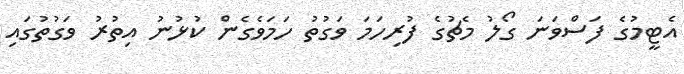
އެޓީމުގެ ފަސްވަނަ ގޯލު މެޗުގެ ފުރިހަމަ ވަގުތު ހަމަވެގެން ކުޅުނު އިތުރު ވަގުތުގައި